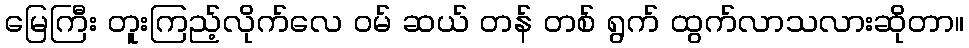
မြေကြီး တူးကြည့်လိုက်လေ ဝမ် ဆယ် တန် တစ် ရွက် ထွက်လာသလားဆိုတာ။